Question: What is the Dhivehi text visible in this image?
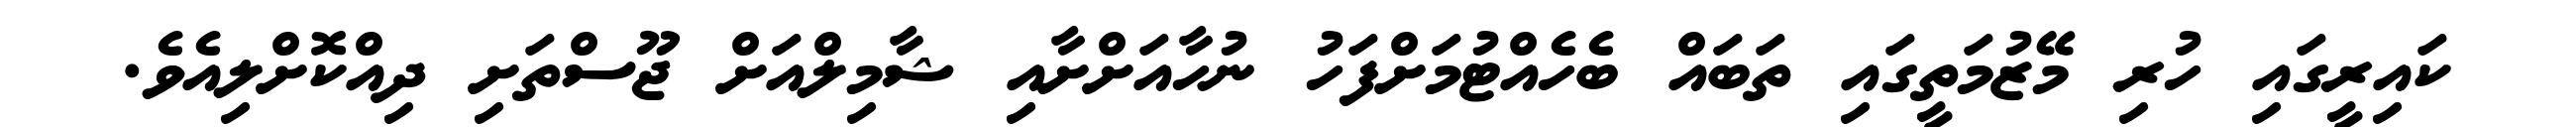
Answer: ކައިރީގައި ހުރި މޭޒުމަތީގައި ތަބައް ބެހެއްޓުމަށްފަހު ނުހާއަށްށާއި ޝާމިލްއަށް ޖޫސްތަށި ދިއްކޮށްލިއެވެ.